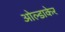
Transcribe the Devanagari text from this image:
ओल्डाकेर